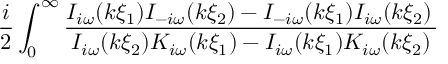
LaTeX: \frac { i } { 2 } \int _ { 0 } ^ { \infty } \frac { I _ { i \omega } ( k \xi _ { 1 } ) I _ { - i \omega } ( k \xi _ { 2 } ) - I _ { - i \omega } ( k \xi _ { 1 } ) I _ { i \omega } ( k \xi _ { 2 } ) \, } { I _ { i \omega } ( k \xi _ { 2 } ) K _ { i \omega } ( k \xi _ { 1 } ) - I _ { i \omega } ( k \xi _ { 1 } ) K _ { i \omega } ( k \xi _ { 2 } ) }